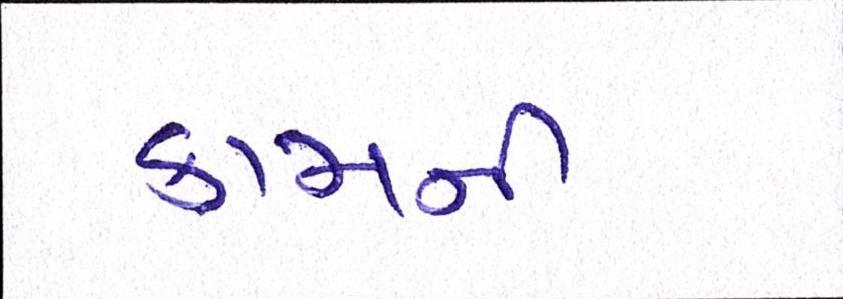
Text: કામની